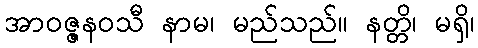
အာဝဇ္ဇနဝသီ နာမ၊ မည်သည်။ နတ္တိ၊ မရှိ၊